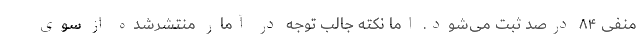
منفی ۸۴ درصد ثبت می‌شود. اما نکته جالب توجه در آمار منتشرشده از سوی